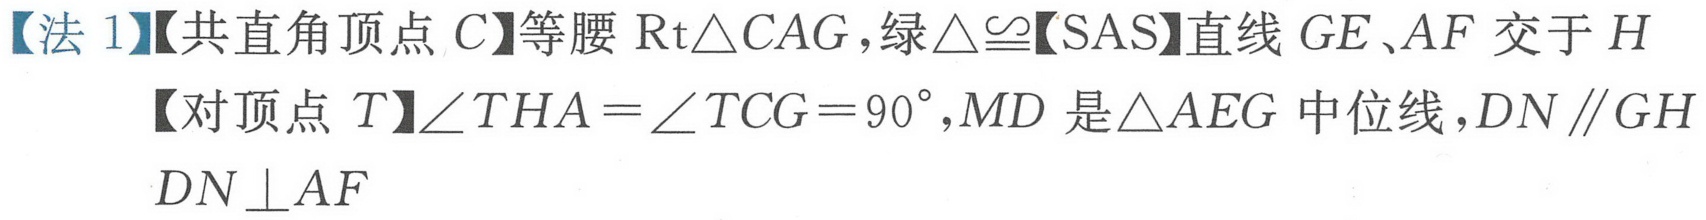
【法 1】【共直角顶点 \(C\)】等腰 \(\text{Rt}\triangle CAG\)，绿\(\triangle\cong\)【SAS】直线 \(GE\)、\(AF\) 交于 \(H\)
【对顶点 \(T\)】\(\angle THA=\angle TCG = 90^{\circ}\)，\(MD\) 是\(\triangle AEG\) 中位线，\(DN\parallel GH\)
\(DN\perp AF\)